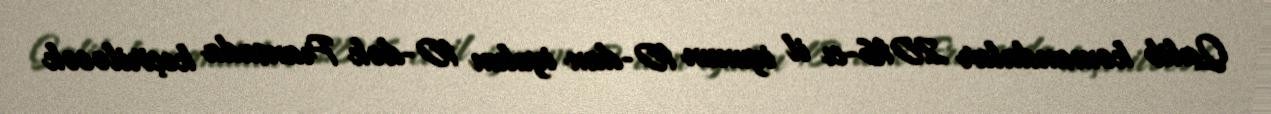
Qalib komandalar 2016-cı il iyunun 10-dan iyulun 10-dək Fransada keçiriləcək